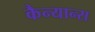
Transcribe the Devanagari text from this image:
कैन्यान्स